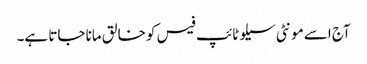
آج اسے مونٹی سیلو ٹائپ فیس کو خالق مانا جاتا ہے۔